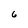
Character: 6